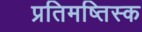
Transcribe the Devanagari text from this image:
प्रतिमष्तिस्क